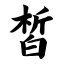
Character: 皙